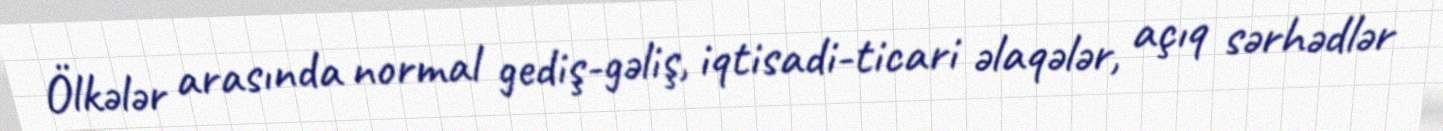
Ölkələr arasında normal gediş-gəliş, iqtisadi-ticari əlaqələr, açıq sərhədlər